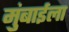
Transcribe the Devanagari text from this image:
मुंबाईला